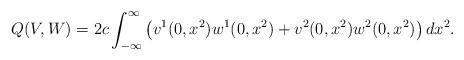
LaTeX: \begin{align*} Q(V, W) = 2c \int_{- \infty}^\infty \left( v^1(0, x^2) w^1(0, x^2) + v^2(0, x^2) w^2(0, x^2) \right) dx^2.\end{align*}